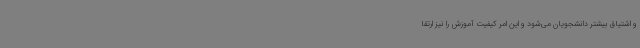
و اشتیاق بیشتر دانشجویان می‌شود و این امر کیفیت آموزش را نیز ارتقا